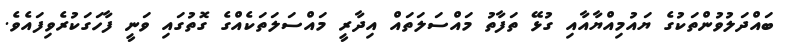
ބައްދަލުވުންތަކުގެ ޔައުމިއްޔާއާއި ގުޅޭ ތަފާތު މައްސަލަތައް އިދާރީ މައްސަލަތަކެއްގެ ގޮތުގައި ވަނީ ފާހަގަކުރެވިފައެވެ.